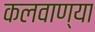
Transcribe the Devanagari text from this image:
कलवाण्या